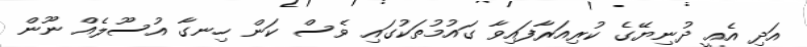
އަދި އެއީ ދުނިޔޭގެ ކުރިއަރާފައިވާ ގައުމުތަކުގައި ވެސް ކަން ހިނގާ އުސޫލެއް ނޫން